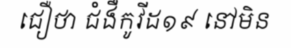
ជឿថា ជំងឺកូវីដ១៩ នៅមិន